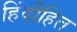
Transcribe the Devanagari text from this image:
हिंदीहित